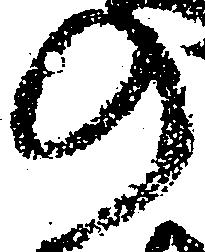
の